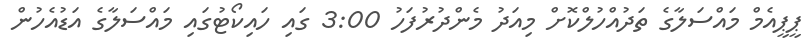
ޕީޕީއެމް މައްސަލާގެ ތަދުއްހުލްކޮށް މިއަދު މެންދުރުފަހު 3:00 ގައި ހައިކޯޓުގައި މައްސަލާގެ އަޑުއެހުން